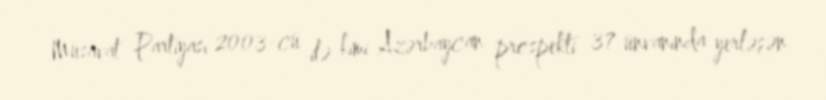
Müsavat Partiyası 2003-cü ilə kimi Azərbaycan prospekti 37 ünvanında yerləşən